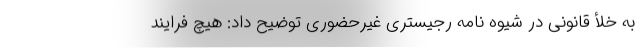
به خلأ قانونی در شیوه نامه رجیستری غیرحضوری توضیح داد: هیچ فرایند